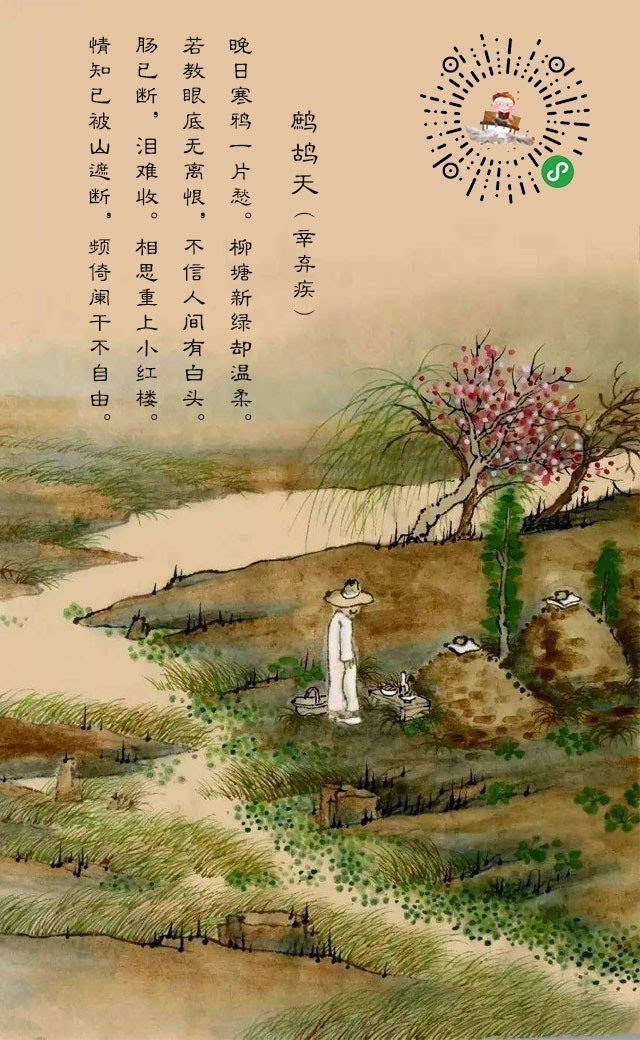
晚日寒鸦一片愁。柳塘新绿却温柔。